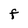
Character: f